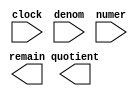
// megafunction wizard: %LPM_DIVIDE%VBB%
// GENERATION: STANDARD
// VERSION: WM1.0
// MODULE: LPM_DIVIDE 

// ============================================================
// Megafunction Name(s):
// 			LPM_DIVIDE
//
// Simulation Library Files(s):
// 			lpm
// ============================================================
// ************************************************************
// THIS IS A WIZARD-GENERATED FILE. DO NOT EDIT THIS FILE!
//
// 13.1.0 Build 162 10/23/2013 SJ Web Edition
// ************************************************************

//Copyright (C) 1991-2013 Altera Corporation
//Your use of Altera Corporation's design tools, logic functions 
//and other software and tools, and its AMPP partner logic 
//functions, and any output files from any of the foregoing 
//(including device programming or simulation files), and any 
//associated documentation or information are expressly subject 
//to the terms and conditions of the Altera Program License 
//Subscription Agreement, Altera MegaCore Function License 
//Agreement, or other applicable license agreement, including, 
//without limitation, that your use is for the sole purpose of 
//programming logic devices manufactured by Altera and sold by 
//Altera or its authorized distributors.  Please refer to the 
//applicable agreement for further details.

module LPM_DIV32speed (
	clock,
	denom,
	numer,
	quotient,
	remain);

	input	  clock;
	input	[31:0]  denom;
	input	[31:0]  numer;
	output	[31:0]  quotient;
	output	[31:0]  remain;

endmodule

// ============================================================
// CNX file retrieval info
// ============================================================
// Retrieval info: PRIVATE: INTENDED_DEVICE_FAMILY STRING "Cyclone III"
// Retrieval info: PRIVATE: PRIVATE_LPM_REMAINDERPOSITIVE STRING "TRUE"
// Retrieval info: PRIVATE: PRIVATE_MAXIMIZE_SPEED NUMERIC "6"
// Retrieval info: PRIVATE: SYNTH_WRAPPER_GEN_POSTFIX STRING "0"
// Retrieval info: PRIVATE: USING_PIPELINE NUMERIC "1"
// Retrieval info: PRIVATE: VERSION_NUMBER NUMERIC "2"
// Retrieval info: PRIVATE: new_diagram STRING "1"
// Retrieval info: LIBRARY: lpm lpm.lpm_components.all
// Retrieval info: CONSTANT: LPM_DREPRESENTATION STRING "UNSIGNED"
// Retrieval info: CONSTANT: LPM_HINT STRING "MAXIMIZE_SPEED=6,LPM_REMAINDERPOSITIVE=TRUE"
// Retrieval info: CONSTANT: LPM_NREPRESENTATION STRING "UNSIGNED"
// Retrieval info: CONSTANT: LPM_PIPELINE NUMERIC "32"
// Retrieval info: CONSTANT: LPM_TYPE STRING "LPM_DIVIDE"
// Retrieval info: CONSTANT: LPM_WIDTHD NUMERIC "32"
// Retrieval info: CONSTANT: LPM_WIDTHN NUMERIC "32"
// Retrieval info: USED_PORT: clock 0 0 0 0 INPUT NODEFVAL "clock"
// Retrieval info: USED_PORT: denom 0 0 32 0 INPUT NODEFVAL "denom[31..0]"
// Retrieval info: USED_PORT: numer 0 0 32 0 INPUT NODEFVAL "numer[31..0]"
// Retrieval info: USED_PORT: quotient 0 0 32 0 OUTPUT NODEFVAL "quotient[31..0]"
// Retrieval info: USED_PORT: remain 0 0 32 0 OUTPUT NODEFVAL "remain[31..0]"
// Retrieval info: CONNECT: @clock 0 0 0 0 clock 0 0 0 0
// Retrieval info: CONNECT: @denom 0 0 32 0 denom 0 0 32 0
// Retrieval info: CONNECT: @numer 0 0 32 0 numer 0 0 32 0
// Retrieval info: CONNECT: quotient 0 0 32 0 @quotient 0 0 32 0
// Retrieval info: CONNECT: remain 0 0 32 0 @remain 0 0 32 0
// Retrieval info: GEN_FILE: TYPE_NORMAL LPM_DIV32speed.v TRUE
// Retrieval info: GEN_FILE: TYPE_NORMAL LPM_DIV32speed.inc TRUE
// Retrieval info: GEN_FILE: TYPE_NORMAL LPM_DIV32speed.cmp TRUE
// Retrieval info: GEN_FILE: TYPE_NORMAL LPM_DIV32speed.bsf TRUE
// Retrieval info: GEN_FILE: TYPE_NORMAL LPM_DIV32speed_inst.v TRUE
// Retrieval info: GEN_FILE: TYPE_NORMAL LPM_DIV32speed_bb.v TRUE
// Retrieval info: LIB_FILE: lpm